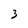
Character: 3